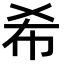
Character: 希